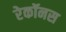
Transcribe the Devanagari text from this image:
रेकॉनस